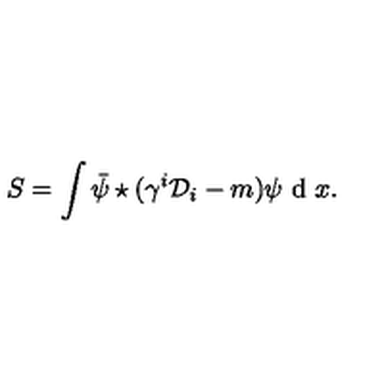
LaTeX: S = \int \bar { \psi } \star ( \gamma ^ { i } { \cal { D } } _ { i } - m ) \psi \textrm { d } x .